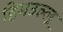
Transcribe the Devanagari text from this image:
हिमउल्लू